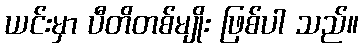
ယင်းမှာ ပီတိတစ်မျိုး ဖြစ်ပါ သည်။